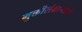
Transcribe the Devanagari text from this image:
मुक्तीसंग्रामाची